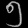
Digit: ၅